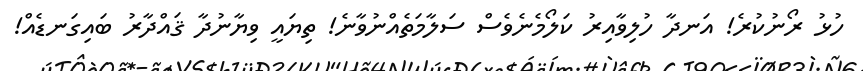
ހުޅު ރޯނުކުރެ! އަނދާ ހުލިވާއިރު ކަލޯމެނެވެސް ސަލާމަތެއްނުވާނެ! ތިޔައީ ވިޔާނުދާ ޤަައްދާރު ބައިގަނޑެއް!